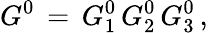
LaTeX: G^{0}\, =\, G_{1}^{0}\, G_{2}^{0}\, G_{3}^{0}\, ,